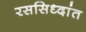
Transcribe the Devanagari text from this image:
रससिध्दांत